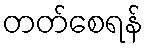
တတ်စေရန်